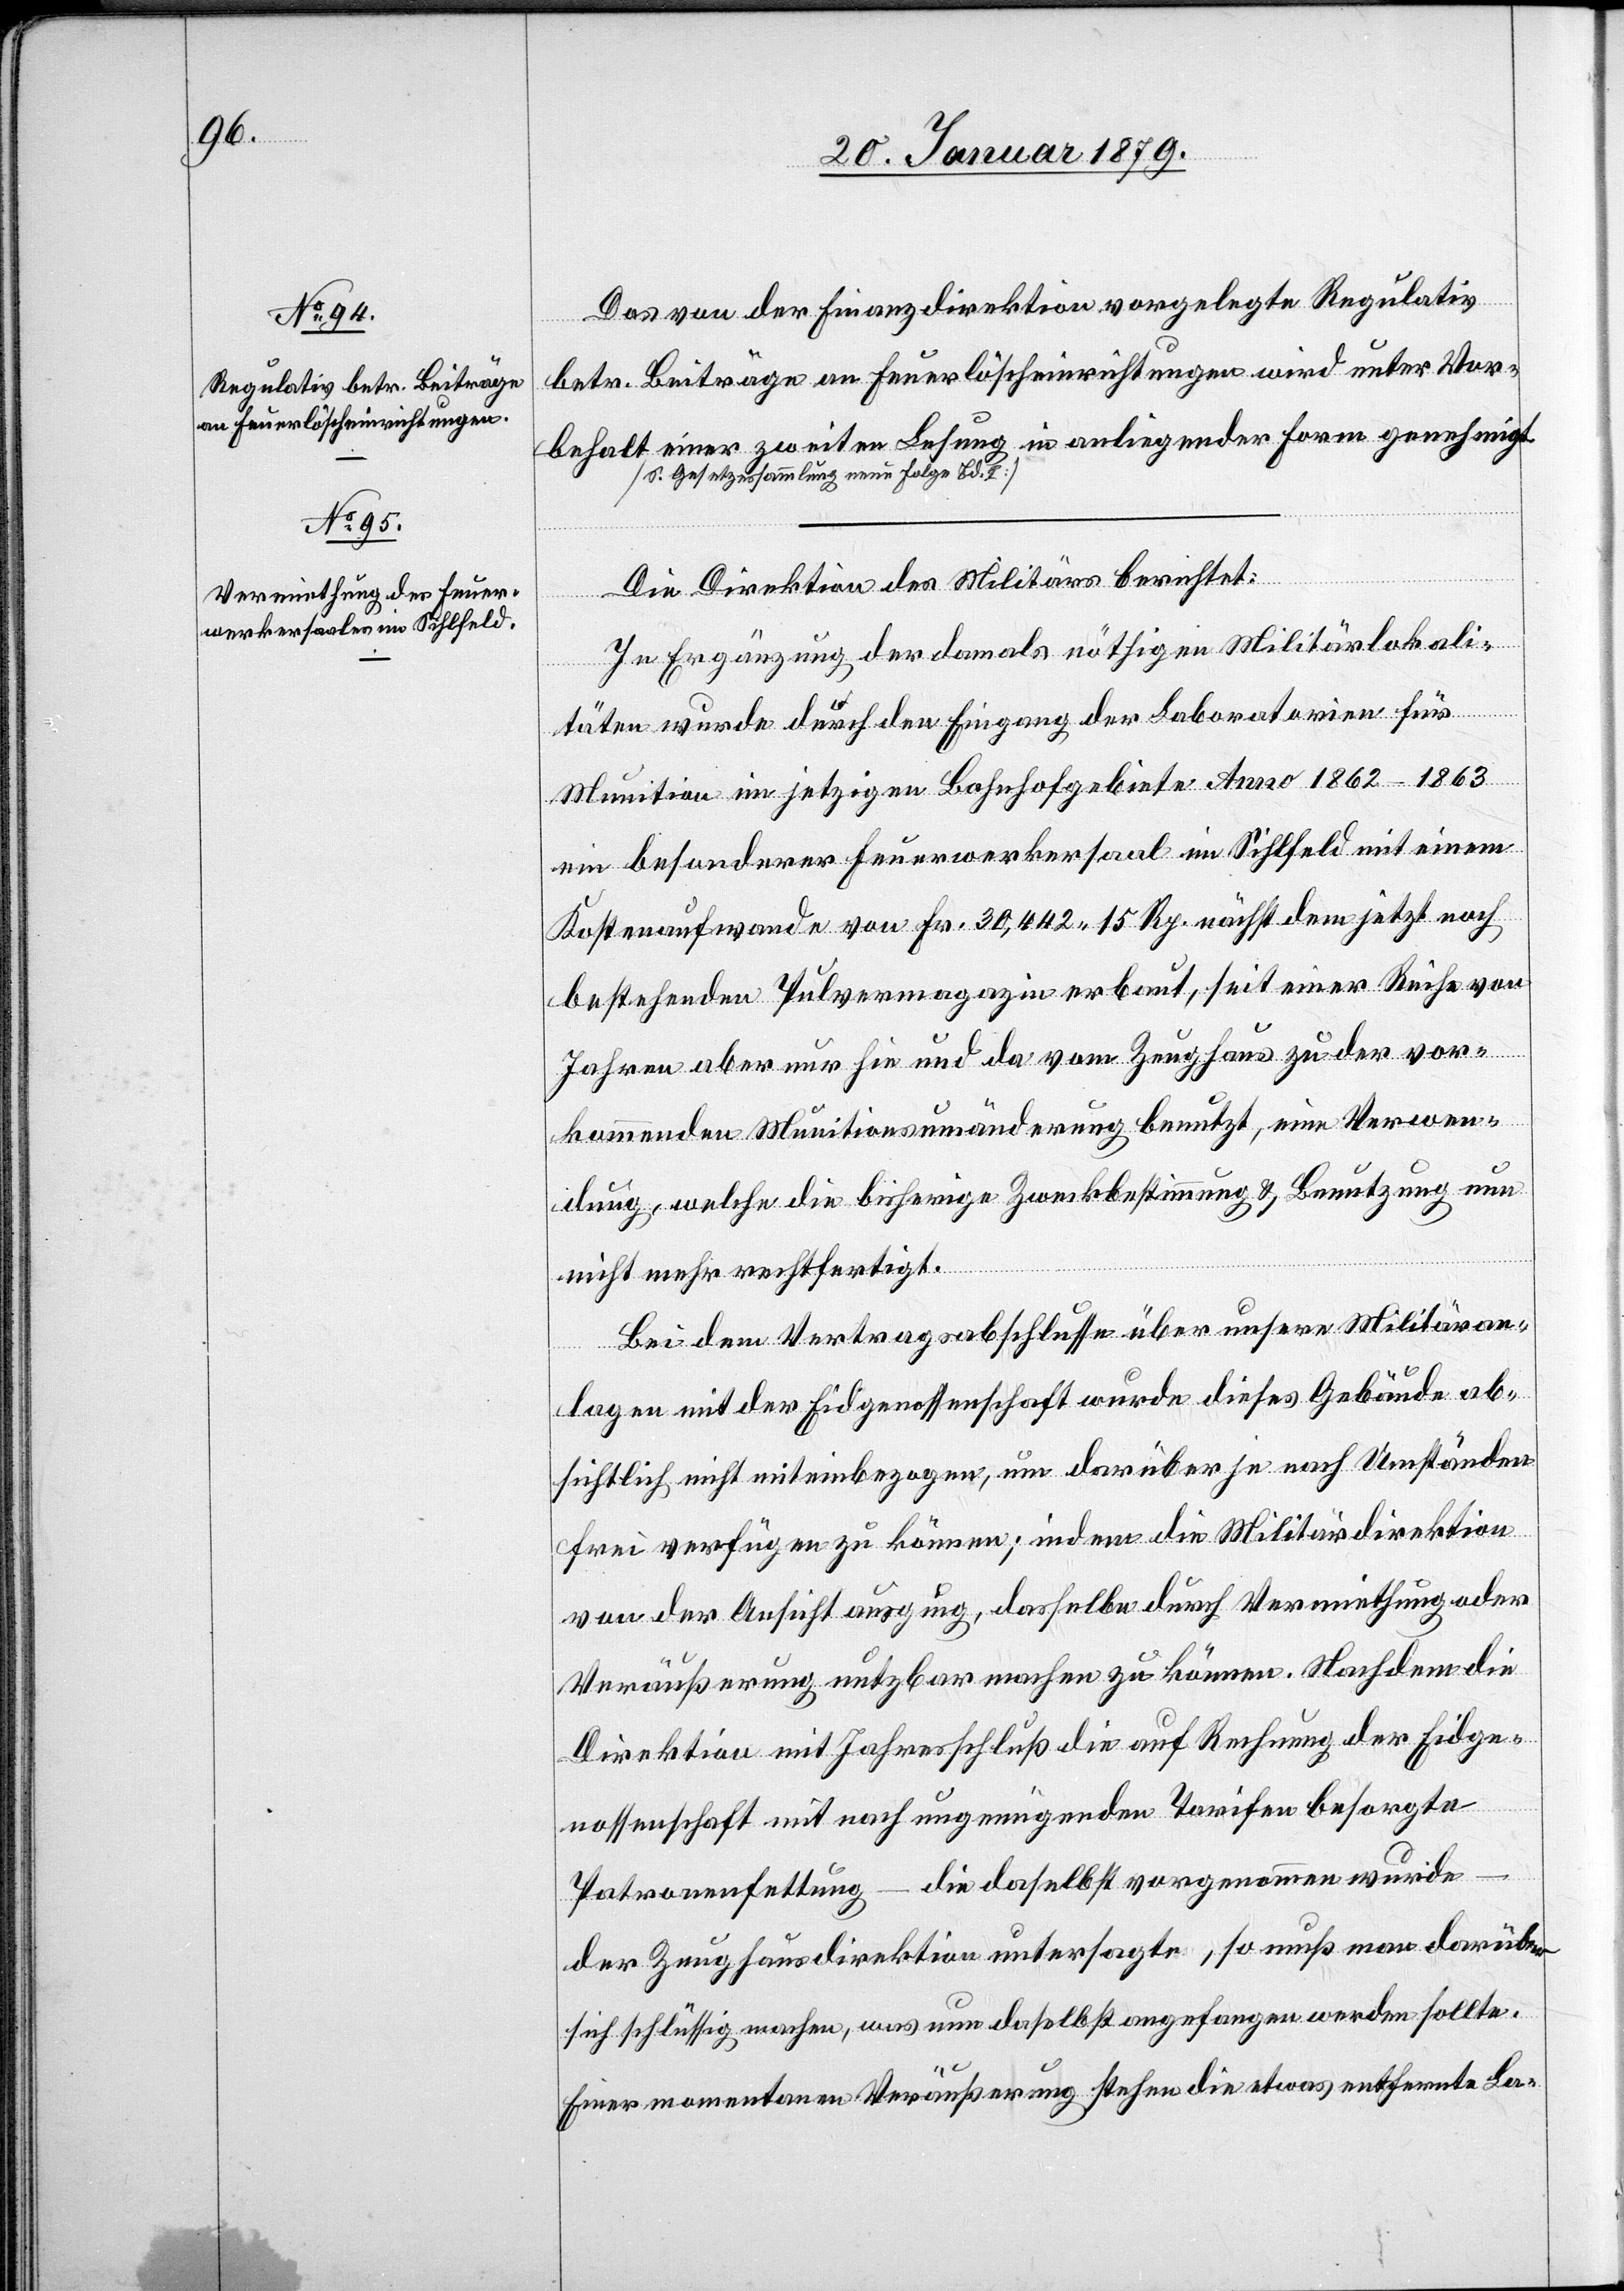
Das von der Finanzdirektion vorgelegte Regulativ
betr. Beiträge an Feuerlöscheinrichtungen wird unter Vor¬
behalt einer zweiten Lesung in anliegender Form genehmigt.
[S. Gesetzessammlung neue Folge Bd. 2]
Die Direktion des Militärs berichtet:
In Ergänzung der damals nöthigen Militärlokali¬
täten wurde durch den Eingang der Laboratorien für
Munition im jetzigen Bahnhofgebiete Anno 1862–1863
ein besonderer Feuerwerksaal im Sihlfeld mit einem
Kostenaufwande von Fr. 30,442 15 Rp. nächst dem jetzt noch
bestehenden Pulvermagazin erbaut, seit einer Reihe von
Jahren aber nur hie und da vom Zeughaus zu der vor¬
kommenden Munitionsumänderung benutzt, eine Verwen¬
dung, welche die bisherige Zweckbestimmung & Benutzung nun
nicht mehr rechtfertigt.
Bei dem Vertragsabschlusse über unsere Militäran¬
lagen mit der Eidgenossenschaft wurde dieses Gebäude ab¬
sichtlich nicht miteinbezogen, um darüber je nach Umständen
frei verfügen zu können; indem die Militärdirektion
von der Ansicht ausging, dasselbe durch Vermittlung oder
Veräußerung nutzbar machen zu können. Nachdem die
Direktion mit Jahresschluß die auf Rechnung der Eidge¬
nossenschaft mit noch ungenügenden Tarifen besorgte
Patronenfettung – die daselbst vorgenommen wurde
der Zeughausdirektion untersagte, so muß man darüber
sich schlüssig machen, was nun daselbst angefangen werden sollte.
Einer momentanen Veräußerung stehen die etwas entfernte La-